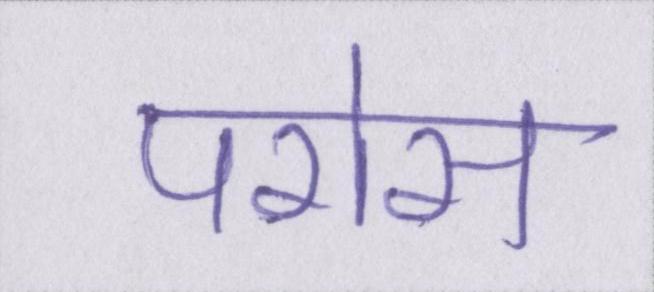
परोस